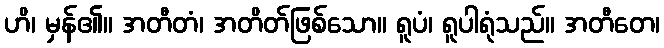
ဟိ၊ မှန်၏။ အတီတံ၊ အတိတ်ဖြစ်သော။ ရူပံ၊ ရူပါရုံသည်။ အတီတေ၊